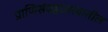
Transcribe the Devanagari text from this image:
प्राणिसंग्रहालायातील